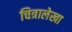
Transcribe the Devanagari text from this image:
चित्रालेखा